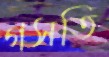
গসতি